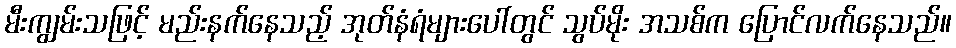
မီးကျွမ်းသဖြင့် မည်းနက်နေသည့် အုတ်နံရံများပေါ်တွင် သွပ်မိုး အသစ်က ပြောင်လက်နေသည်။